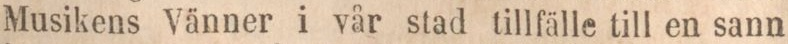
Musikens Vänner i vår stad tillfälle till en sann